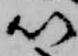
以